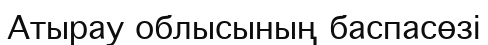
Атырау облысының баспасөзі